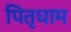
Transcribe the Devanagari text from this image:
पितृधाम